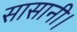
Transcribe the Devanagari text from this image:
सासानी।